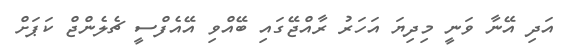
އަދި އޭނާ ވަނީ މިދިޔަ އަހަރު ރާއްޖޭގައި ބޭއްވި އޭއެފްސީ ޗެލެންޖް ކަޕަށް